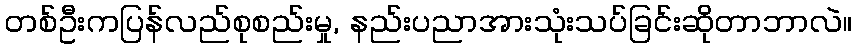
တစ်ဦးကပြန်လည်စုစည်းမှု, နည်းပညာအားသုံးသပ်ခြင်းဆိုတာဘာလဲ။